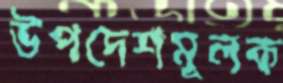
উপদেশমূলক